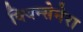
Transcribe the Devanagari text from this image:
क्विन्सेनेरा